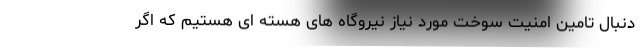
دنبال تامین امنیت سوخت مورد نیاز نیروگاه های هسته ای هستیم که اگر